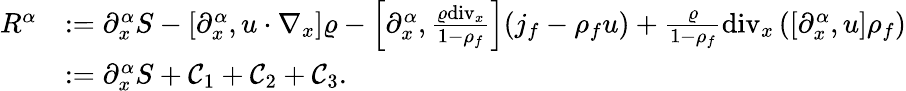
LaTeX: \begin{array}{rl}{R^{\alpha}}&{:=\partial_{x}^{\alpha}S-[\partial_{x}^{\alpha},u\cdot\nabla_{x}]\varrho-\left[\partial_{x}^{\alpha},\frac{\varrho\mathrm{div}_{x}}{1-\rho_{f}}\right](j_{f}-\rho_{f}u)+\frac{\varrho}{1-\rho_{f}}\mathrm{div}_{x}\left([\partial_{x}^{\alpha},u]\rho_{f}\right)}\\ &{:=\partial_{x}^{\alpha}S+\mathcal{C}_{1}+\mathcal{C}_{2}+\mathcal{C}_{3}.}\end{array}